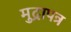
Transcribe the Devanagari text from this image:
मुद्रापत्र